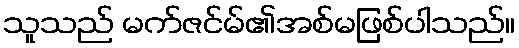
သူသည် မက်ဇင်မ်၏အစ်မဖြစ်ပါသည်။